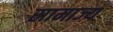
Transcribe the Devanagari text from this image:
स्रामाज्य